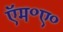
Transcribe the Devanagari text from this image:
ऍम॰ए॰